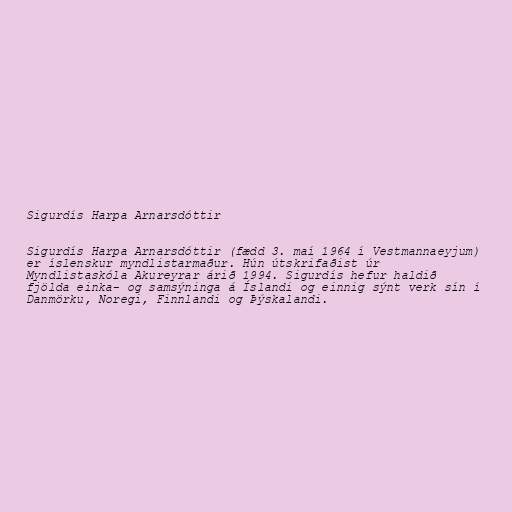
Sigurdís Harpa Arnarsdóttir

Sigurdís Harpa Arnarsdóttir (fædd 3. maí 1964 í Vestmannaeyjum)
er íslenskur myndlistarmaður. Hún útskrifaðist úr
Myndlistaskóla Akureyrar árið 1994. Sigurdís hefur haldið
fjölda einka- og samsýninga á Íslandi og einnig sýnt verk sín í
Danmörku, Noregi, Finnlandi og Þýskalandi.